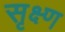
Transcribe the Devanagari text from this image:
सृक्ष्‍ण